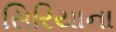
સિરિયાના